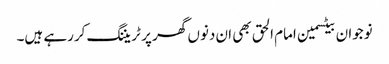
نوجوان بیٹسمین امام الحق بھی ان دنوں گھر پر ٹریننگ کررہے ہیں۔